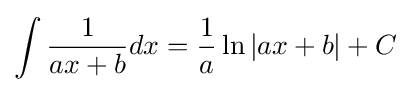
\int {\frac {1}{ax+b}}dx={\frac {1}{a}}\ln \left|ax+b\right|+C